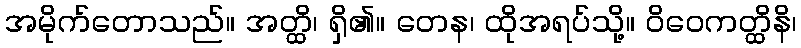
အမိုက်တောသည်။ အတ္ထိ၊ ရှိ၏။ တေန၊ ထိုအရပ်သို့။ ဝိဝေကတ္ထိနိ၊